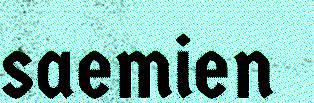
saemien